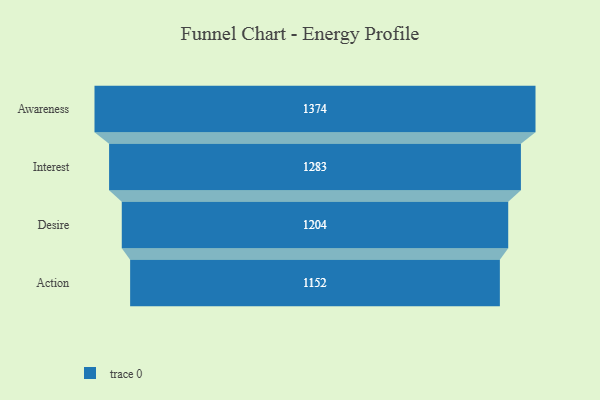
{"axis": {"x": "Stage", "y": "Value"}, "legend": [""], "data": [{"x": "Awareness", "y": 1374.0, "type": ""}, {"x": "Interest", "y": 1283.0, "type": ""}, {"x": "Desire", "y": 1204.0, "type": ""}, {"x": "Action", "y": 1152.0, "type": ""}]}